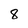
Character: 8